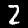
Digit: 2